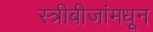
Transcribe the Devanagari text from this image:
स्त्रीबीजांमधून